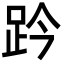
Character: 趻